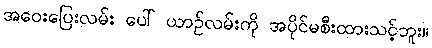
အဝေးပြေးလမ်း ပေါ် ယာဉ်လမ်းကို အပိုင်မစီးထားသင့်ဘူး။